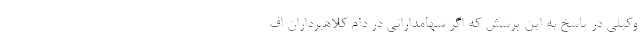
وکیلی در پاسخ به این پرسش که اگر سهامدارانی در دام کلاهبرداران اف